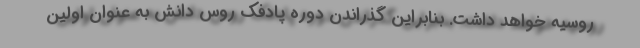
روسیه خواهد داشت. بنابراین گذراندن دوره پادفک روس دانش به عنوان اولین